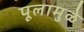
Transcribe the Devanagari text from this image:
पूलामुळे